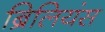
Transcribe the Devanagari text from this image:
ब्रिलियंस